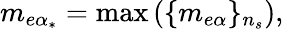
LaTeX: m_{e\alpha_{*}}=\operatorname*{max}\left(\{ m_{e\alpha}\} _{n_{s}}\right),